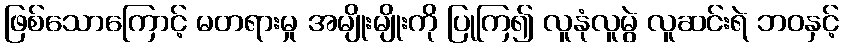
ဖြစ်သောကြောင့် မတရားမှု အမျိုးမျိုးကို ပြုကြ၍ လူနုံလူမွဲ လူဆင်းရဲ ဘဝနှင့်